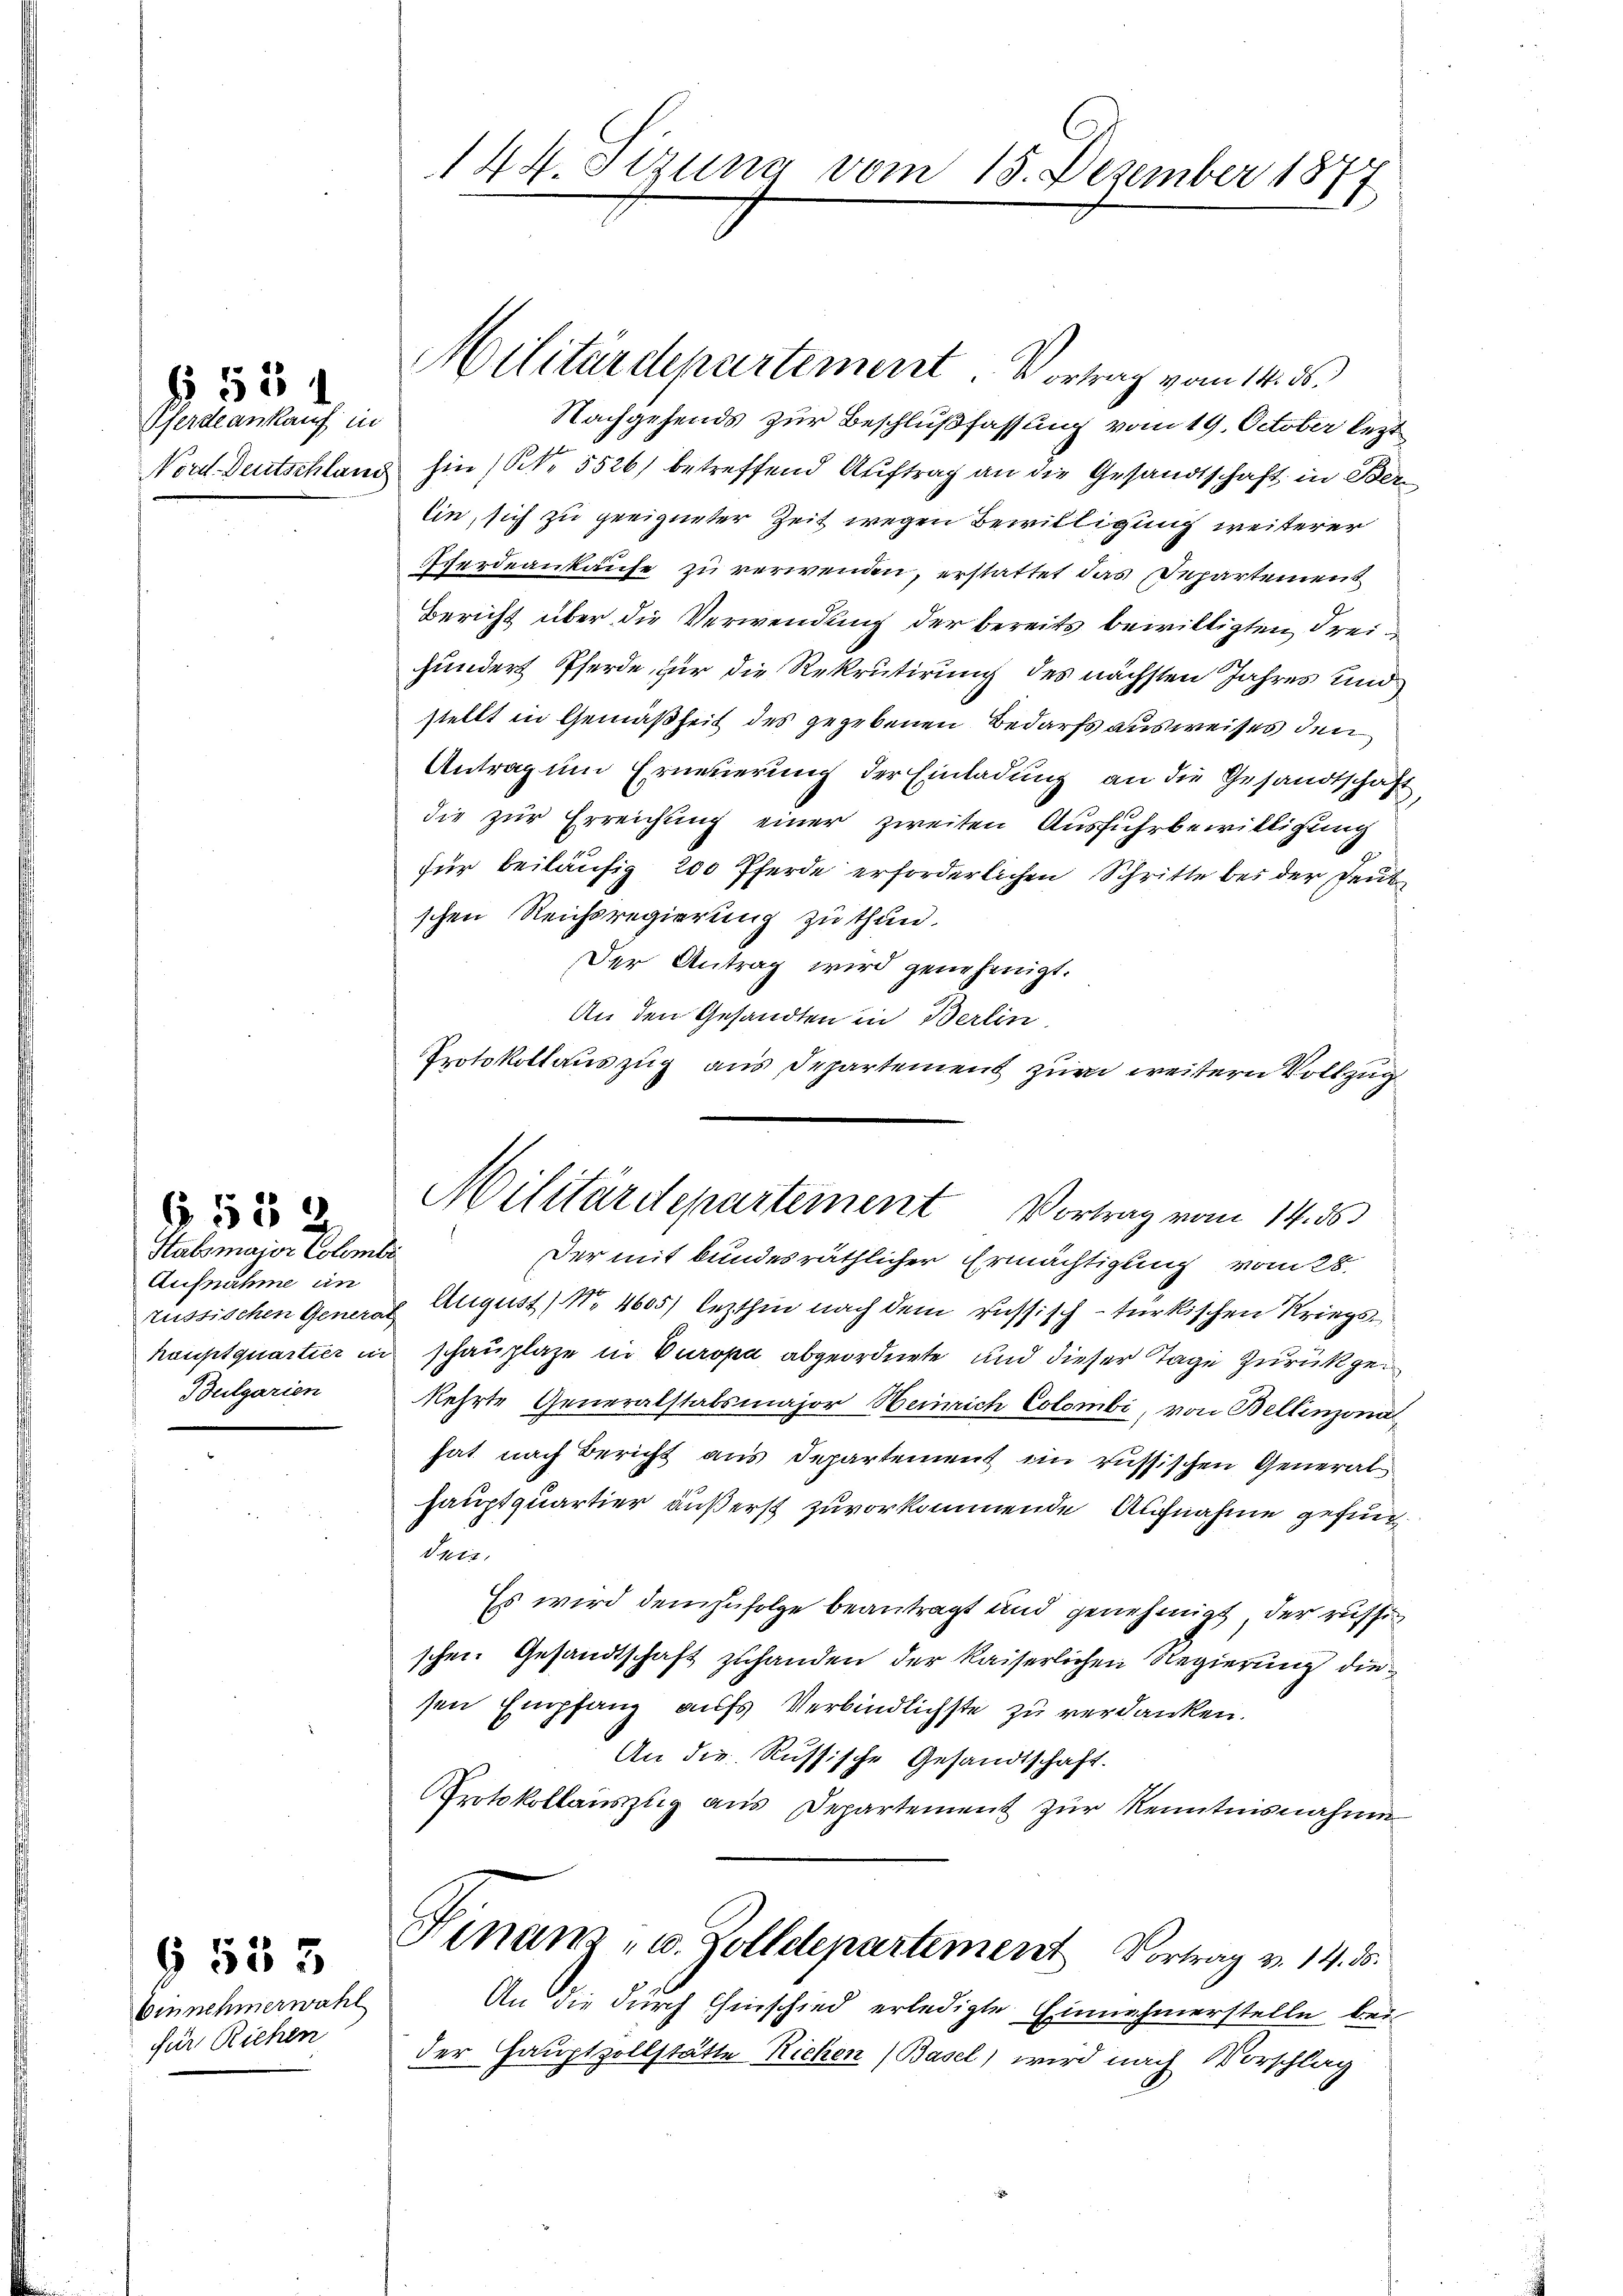
§ 534

Pferde ankauf in

Stabsmajor Colombi
Aufnahme in
Bulgarien

6552

Einnehmerwahl
für Richen

G 553

144. Sizung vom 15. Dezember 1877

Militärdepartement Vortrag vom 14. ds

Militärdepartement. Vortrag vom 14. ds.
Nachgehends zur Beschlußfassung vom 19. October lezt
Nord Deutschlang hin (N. 5526) betreffend Auftrag an die Gesandtschaft in Berlin, sich zu geeigneter Zeit wegen Bewilligung weiterer
Herdeaukaufe zu verwenden, erstattet das Departement
Bericht über die Verwendung der bereits bewilligten Freihundert Pferde, für die Rekrutirung des nächsten Jahres und
stellt in Gemäßheit des gegebenen Bedarfs ausweises den
Antrag um Erneuerung der Einladung an die Gesandtschafdie zur Erreichung einer zweiten Ausfuhrbewilligung
für beiläufig 200 Pferde erforderlichen Schritte bei der Deut
schen Reichsregierung zu thun.
Der Antrag wird genehmigt.
An den Gesandten in Berlin
Protokollauszug aus Departement zur weitern Vollzug
Der mit bundesräthlicher Ermächtigung vom 28.
russischen Gener August No. 4605) lezthin nach dem russisch-türkischen Kriegshauptquartier in schauplaze in Europa abgeordnete und dieser Tage zurückgekehrte Generalstabsmajor Heinrich Colombi, von Bellinzona
hat nach Bericht aus Departement ein russischen Generalhauptquartier äußerst zuvorkommende Aufnahme gefund
Tris
Es wird demzufolge beantragt und genehmigt, der russischen. Gesandtschaft zuhanden der kaiserlichen Regierung diesen Empfang aufs Verbindlichste zu verdanken.
An die Russische Gesandtschaft.
Protokollauszug aus Departement zur Kenntnisnahme
Finanz- u. Zolldepartement Vortrag v. 14. ds.
An die durch Einschied erledigte Einnahmerstelle bei
der Hauptzollstätte Richen (Basel) wird nach Vorschlag